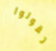
تقولوا